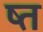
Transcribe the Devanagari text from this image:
ष्त